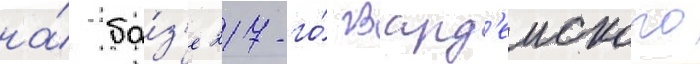
на́ ба́з'е 217-го́ гвард'еиского